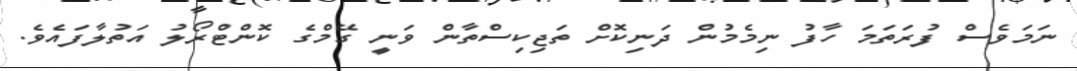
ނަމަވެސް ފުރަތަމަ ހާފު ނިމެމުން ދަނިކޮށް ތަޖިކިސްތާން ވަނީ ގޭމްގެ ކޮންޓްރޯލު އަތުލާފައެވެ.